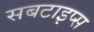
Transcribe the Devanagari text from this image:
सबटाइप्स